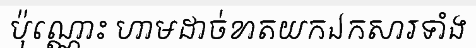
ប៉ុណ្ណោះ ហាមដាច់ខាតយកឯកសារទាំង